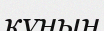
күнын